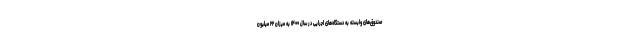
صندوق‌های وابسته به دستگاه‌های اجرایی در سال ۱۴۰۰ به میزان ۲۲ میلیون